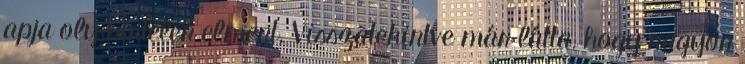
apja oly hirtelen elment. Visszatekintve már látta, hogy nagyon